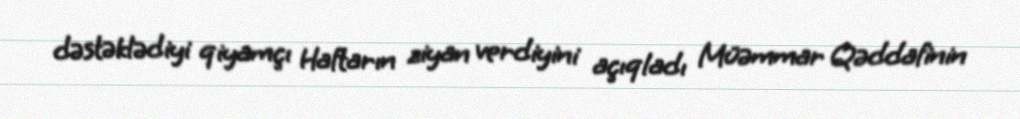
dəstəklədiyi qiyamçı Haftarın ziyan verdiyini açıqladı Müəmmar Qəddafinin